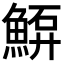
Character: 𩸷